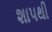
શાપથી